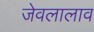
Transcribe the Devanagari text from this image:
जेवलालाव